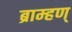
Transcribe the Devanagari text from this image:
ब्राम्हण्